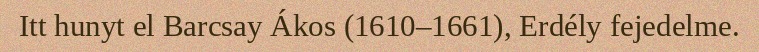
Itt hunyt el Barcsay Ákos (1610–1661), Erdély fejedelme.